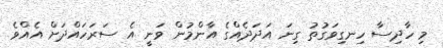
މި ހާދިސާ ހިނގިވަގުތު ގިނަ އަދަދެއްގެ އާންމުން ވަނީ އެ ސަރަހައްދަށް އެއްވެ